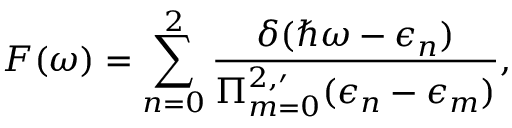
F ( \omega ) = \sum _ { n = 0 } ^ { 2 } \frac { \delta ( \hbar \omega - \epsilon _ { n } ) } { \Pi _ { m = 0 } ^ { 2 , \prime } ( \epsilon _ { n } - \epsilon _ { m } ) } ,